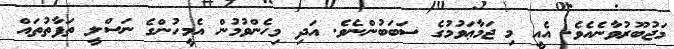
މަޖުބޫރުވާނެއެވެ. އެއީ މި ޖަމާޢަވުމުގެ ސަބަބުންނެވެ. އަދި މިހެންވުމުން އެމީހުންގެ ނަސްލީ ތަފާތުތައް